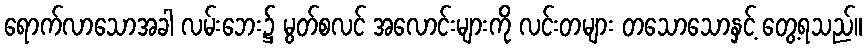
ရောက်လာသောအခါ လမ်းဘေး၌ မွတ်စလင် အလောင်းများကို လင်းတများ တသောသောနှင့် တွေ့ရသည်။